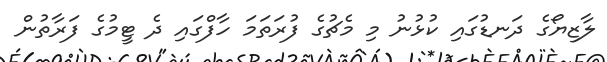
ލާޒިޔޯގެ ދަނޑުގައި ކުޅުނު މި މެޗުގެ ފުރަތަމަ ހާފްގައި ދެ ޓީމުގެ ފަރާތުން